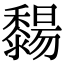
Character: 䵘